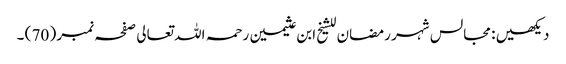
دیکھیں : مجالس شہر رمضان للشیخ ابن عثیمین رحمہ اللہ تعالی صفحہ نمبر ( 70 ) ۔